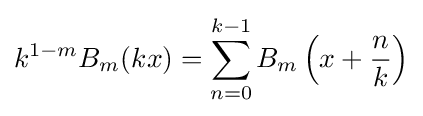
k^{1-m}B_{m}(kx)=\sum _{n=0}^{k-1}B_{m}\left(x+{\frac {n}{k}}\right)